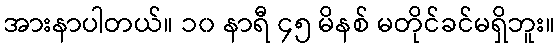
အားနာပါတယ်။ ၁၀ နာရီ ၄၅ မိနစ် မတိုင်ခင်မရှိဘူး။